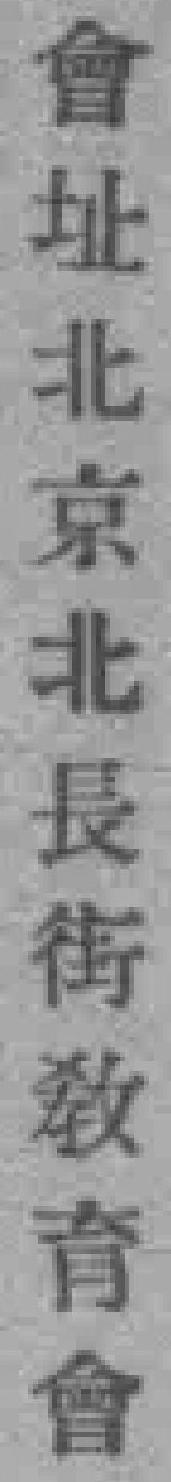
會址北京北長街教育會